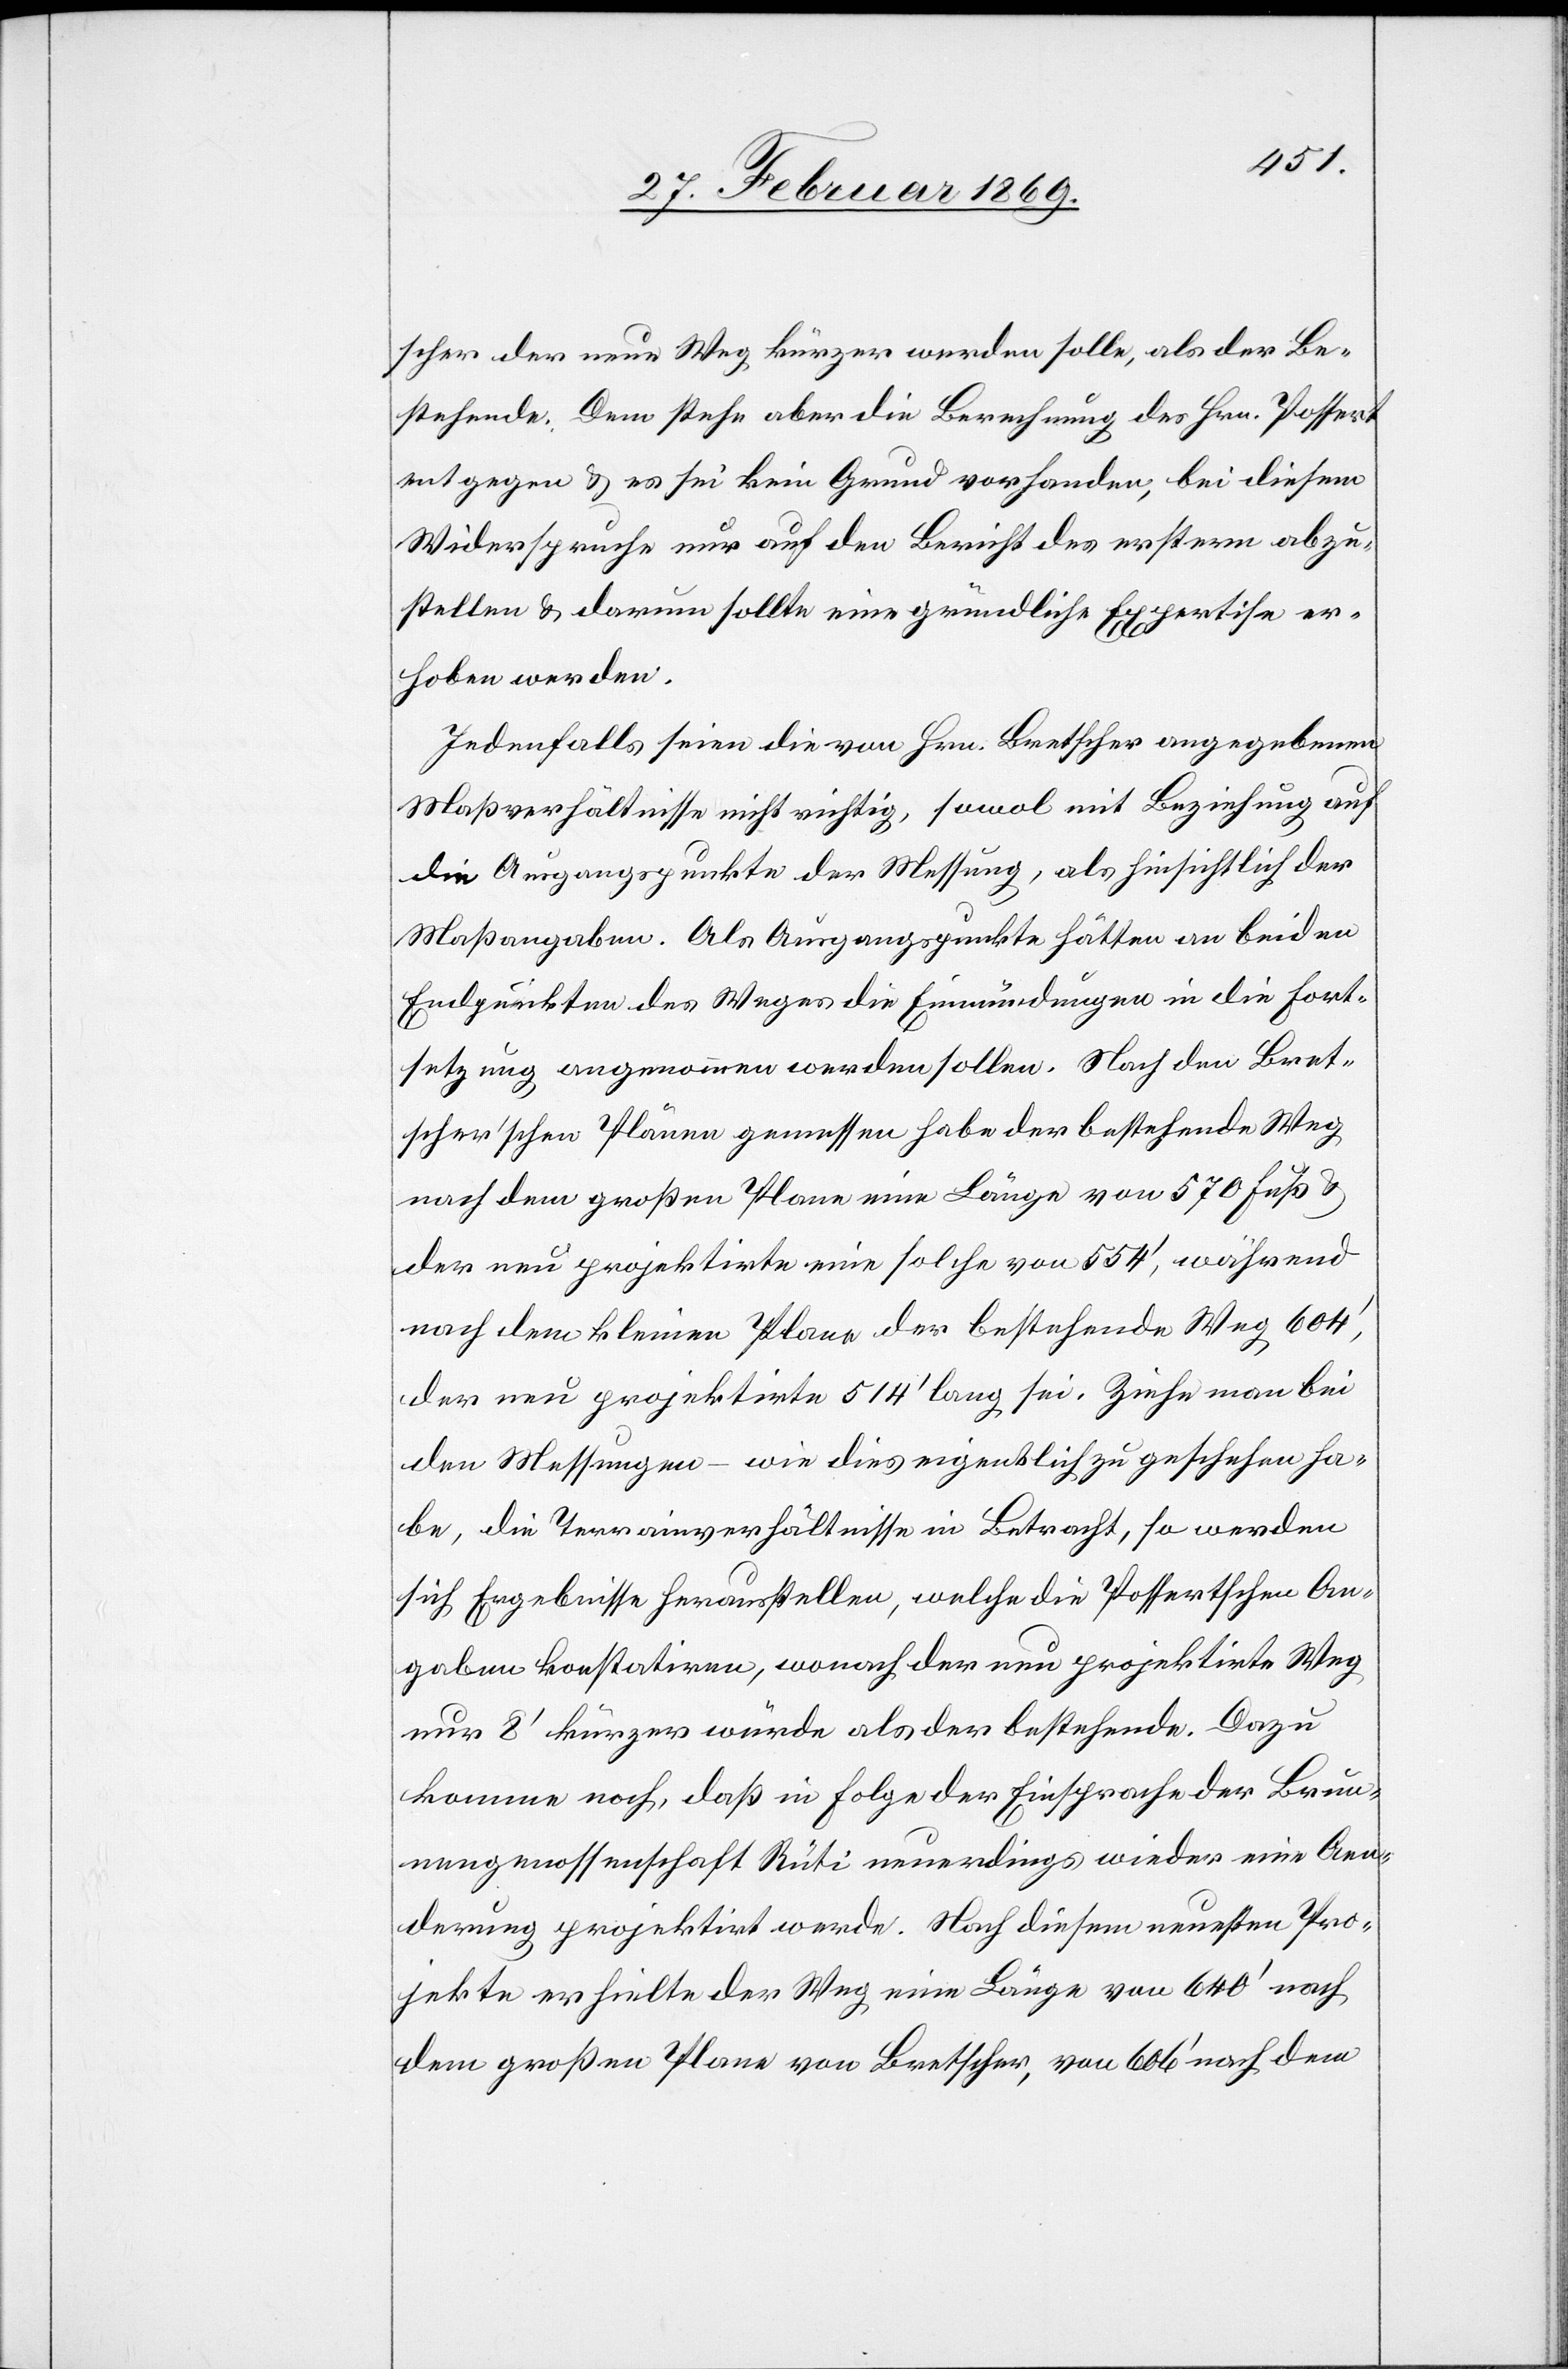
scher der neue Weg kürzer werden solle, als der Be¬
stehende. Dem stehe aber die Berechnung des Hrn. Possert
entgegen & es sei kein Grund vorhanden, bei diesem
Widerspruche nur auf den Bericht des erstern abzu¬
stellen & darum sollte eine gründliche Expertise er¬
hoben werden.
edenfalls seien die von Hrn. Bretscher angegebenen
Maßverhältnisse nicht richtig, sowol mit Beziehung auf
die Ausgangspunkte der Messung, als hinsichtlich der
Maßangaben. Als Ausgangspunkte hätten an beiden
Endpunkten des Weges die Einmündungen in die Fort¬
setzung angenommen werden sollen. Nach den Bret¬
scher’schen Plänen gemessen habe der bestehende Weg
nach dem großen Plane eine Länge von 570 Fuß &
der neu projektirte eine solche von 554’, während
nach dem kleinen Plane der bestehende Weg 604’,
der neu projektirte 514’ lang sei. Ziehe man bei
den Messungen – wie dies eigentlich zu geschehen ha¬
be, die Terrainverhältnisse in Betracht, so werden
sich Ergebnisse herausstellen, welche die Possertschen An¬
gaben konstatiren, wonach der neu projektirte Weg
nur 8’ kürzer würde als der bestehende. Dazu
komme noch, daß in Folge der Einsprache der Brun¬
nengenossenschaft Rüti neuerdings wieder eine Aen¬
derung projektirt werde. Nach diesem neuesten Pro¬
jekte erhielte der Weg eine Länge von 640’ nach
dem großen Plane von Bretscher, von 606’ nach dem